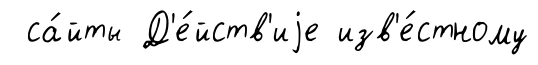
са́йты Д'е́йств'иjе изв'е́стному